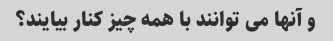
و آنها می توانند با همه چیز کنار بیایند؟